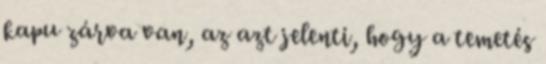
kapu zárva van, az azt jelenti, hogy a temetés